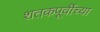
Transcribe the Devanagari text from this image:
शतकपूर्वीच्या